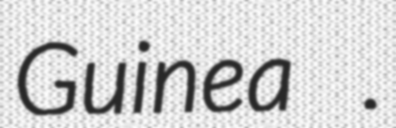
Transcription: Guinea .